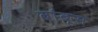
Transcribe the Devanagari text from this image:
बांबूस